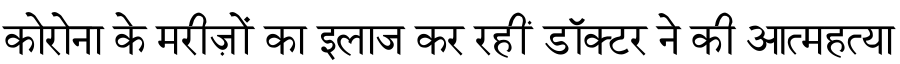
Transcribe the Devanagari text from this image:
कोरोना के मरीज़ों का इलाज कर रहीं डॉक्टर ने की आत्महत्या